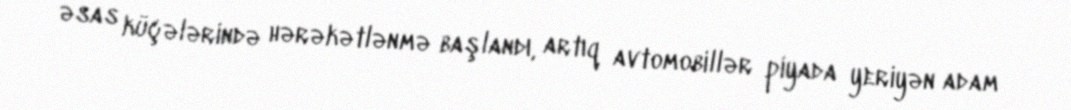
əsas küçələrində hərəkətlənmə başlandı, artıq avtomobillər piyada yeriyən adam